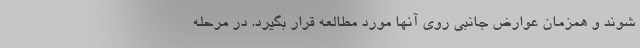
شوند و همزمان عوارض جانبی روی آنها مورد مطالعه قرار بگیرد. در مرحله